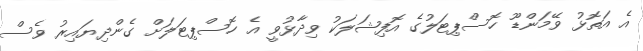
އެ އަތޮޅު ވޭމަންޑޫ ހޮސްޕިޓަލުގެ އޮފިޝަލަކު ވިދާޅުވީ އެ ހޮސްޕިޓަލަށް ގެންދިޔައިރު ވެސް